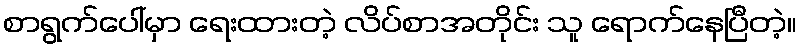
စာရွက်ပေါ်မှာ ရေးထားတဲ့ လိပ်စာအတိုင်း သူ ရောက်နေပြီတဲ့။